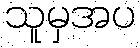
သူမှအပ